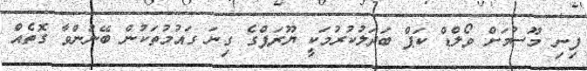
ފިނި މޫސުމަށް ވޯލްޑް ކަޕް ބަދަލުކުރުމަކީ ޔޫރަޕްގެ ގިނަ ގައުމުތަކުން ބޭނުންވާ ގޮތެއް